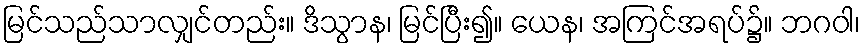
မြင်သည်သာလျှင်တည်း။ ဒိသွာန၊ မြင်ပြီး၍။ ယေန၊ အကြင်အရပ်၌။ ဘဂဝါ၊